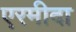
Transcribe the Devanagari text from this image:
एरमीदा